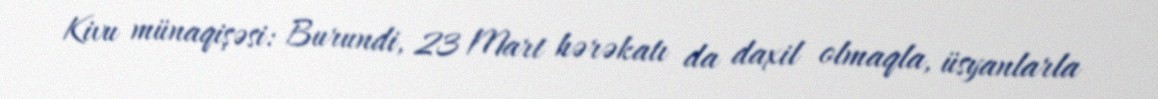
Kivu münaqişəsi: Burundi, 23 Mart hərəkatı da daxil olmaqla, üsyanlarla